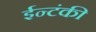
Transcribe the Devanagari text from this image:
ईन्टंकी